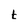
Character: t